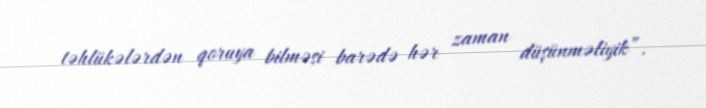
təhlükələrdən qoruya bilməsi barədə hər zaman düşünməliyik”.